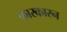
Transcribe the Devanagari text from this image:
कारकारन